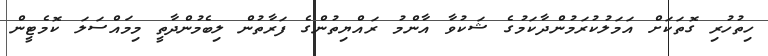
ހިތުހުރި ގޮތަކަށް އަމަލުކުރަމުންދާކަމުގެ ޝަކުވާ އާންމު ރައްޔިތުންގެ ފަރާތުން ލިބެމުންދާތީ މިމައްސަލަ ކޮމެޓީން